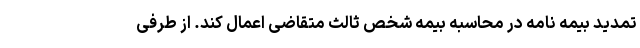
تمدید بیمه نامه در محاسبه بیمه شخص ثالث متقاضی اعمال کند. از طرفی